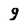
Character: 9